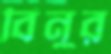
বিনুর